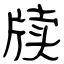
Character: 牍